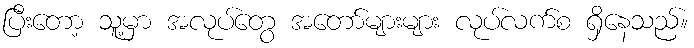
ပြီးတော့ သူ့မှာ အလုပ်တွေ အတော်များများ လုပ်လက်စ ရှိနေသည်။